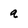
Character: a